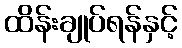
ထိန်းချုပ်ရန်နှင့်